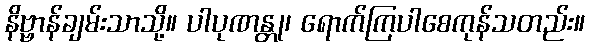
နိဗ္ဗာန်ချမ်းသာသို့။ ပါပုဏန္တု၊ ရောက်ကြပါစေကုန်သတည်း။